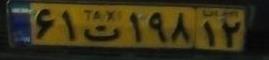
۶۱ت۱۹۸۱۲